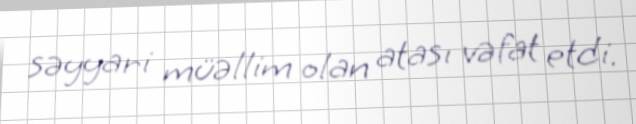
səyyari müəllim olan atası vəfat etdi.